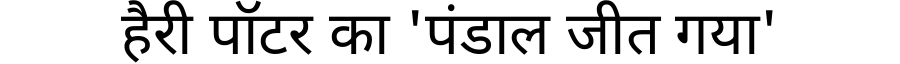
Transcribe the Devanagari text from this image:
हैरी पॉटर का 'पंडाल जीत गया'